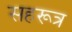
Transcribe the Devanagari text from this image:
सहरूत्र